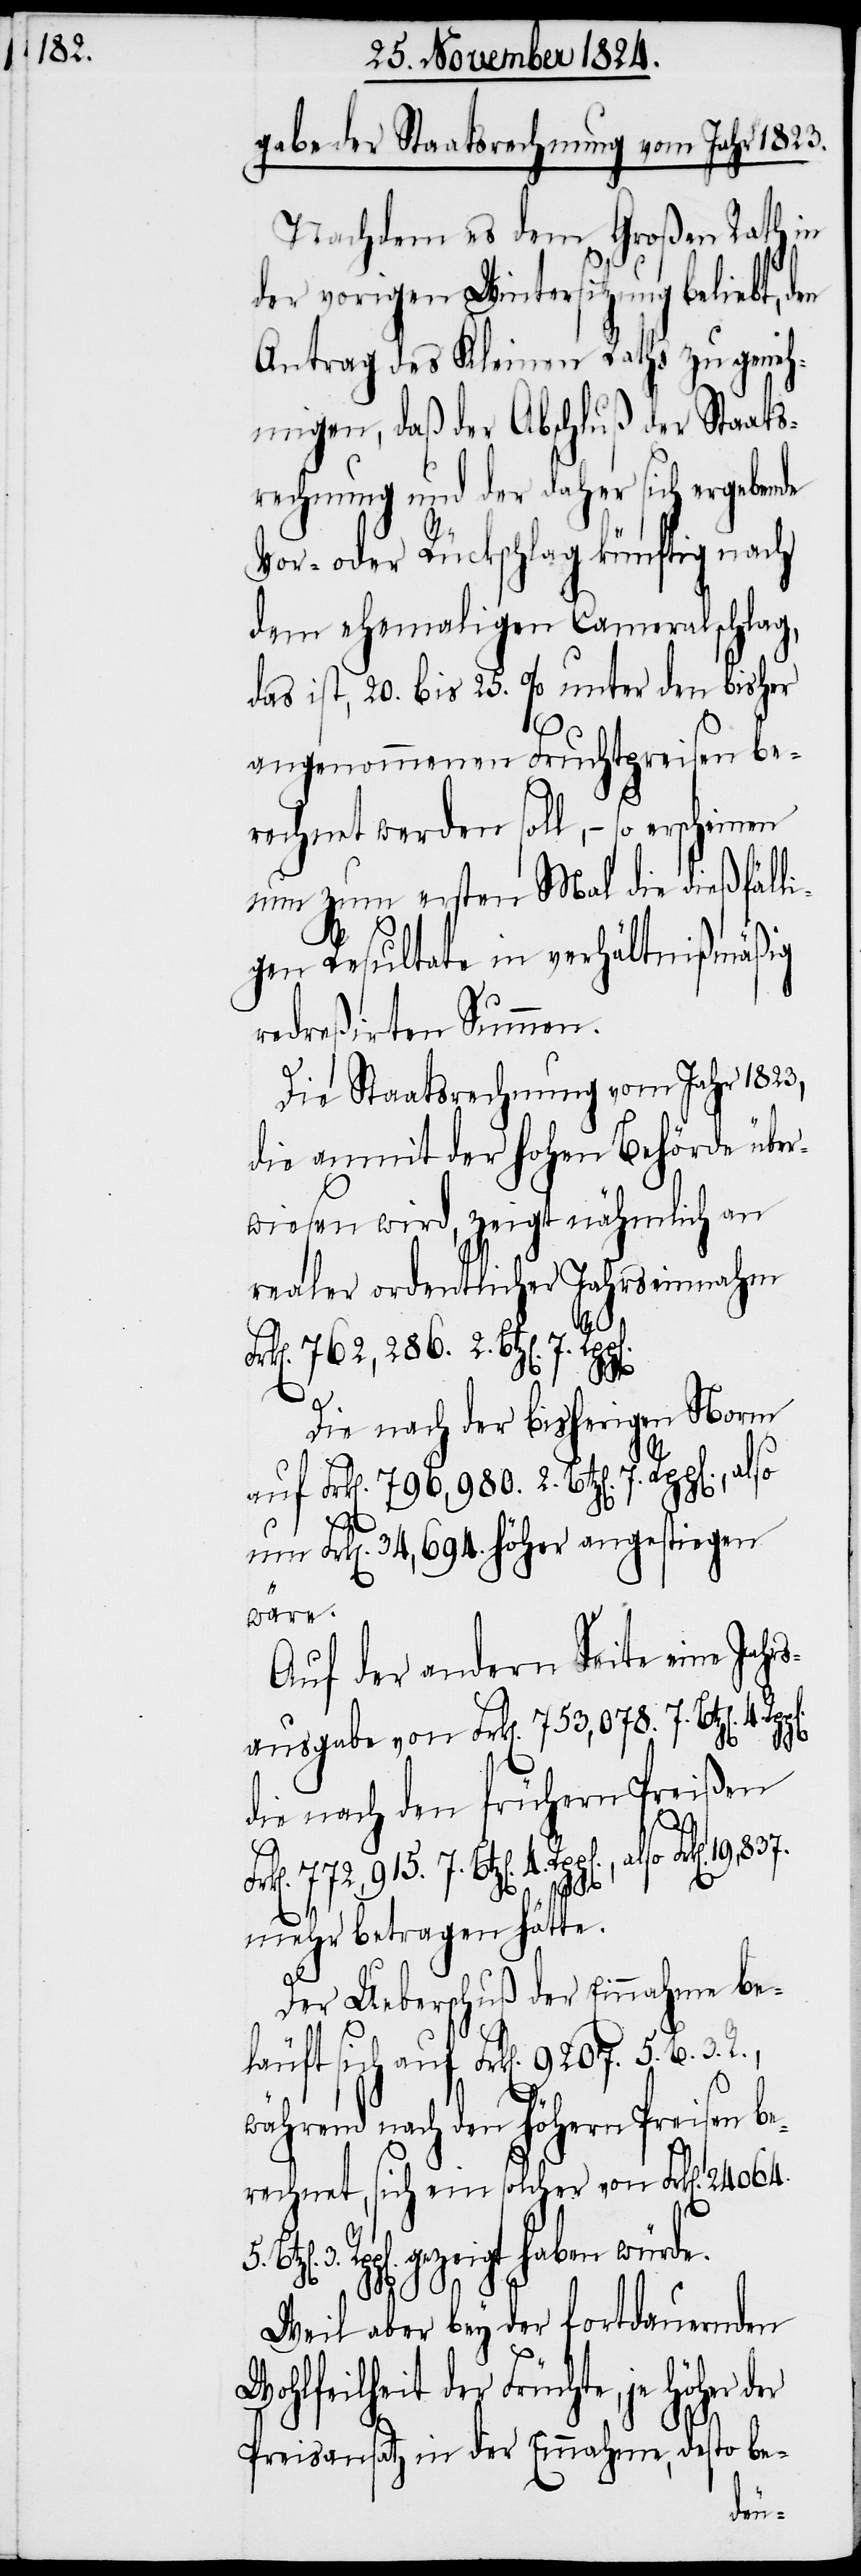
gabe der Staatsrechnung vom Jahr 1823.
Nachdem es dem Großen Rath in
der vorigen Wintersitzung beliebt, d¬
Antrag des Kleinen Raths zu geneh¬
migen, daß der Abschluß der Staats¬
rechnung und der daher sich ergebende
Vor- oder Rückschlag künftig nach
dem ehemaligen Cameralschlag,
das ist, 20. bis 25. %. unter den bisher
angenommenen Furchpreisen be¬
rechnet werden soll, – so er¬
nun zum ersten Mal die dießfälli¬
en
gen Resultate in verhältnißmäßig
redreßirten Summen.
Die Staatsrechnung vom Jahr 1823,
die anmit der hohen Behörde über¬
wiesen wird, zeigt nähmlich an
realer ordentlicher Jahrseinnahme
Frk[e¬
n]. 762,286. 2. Btz[en].
B.
Die nach der bisherigen Norm
auf Frk[en]. 796,980. 2. Btz[en]. 7.
um Frk[en]. 34,694. höher angestiegen
wäre.
Auf der andern Seite eine Jahr¬
sausgabe von Frk[en]. 753,078. 7. Btz[en].
die nach den frühern Preißen
Frk[en]. 19,837.
scheinen
mehr betragen hätte.
Der Ueberschuß der Einnahme be¬
läuft sich auf Frk[en]. 9207. 5.
während nach den höhern Preisen be¬
rechnet, sich ein solcher von Frk[en]. 24064.
Rpp[en]. gezeigt haben würde.
5.
3.
Weil aber bey der fortdauernden
Wohlfeilheit der Früchte, je höher der
Preisansatz in der Einnahme, desto be-